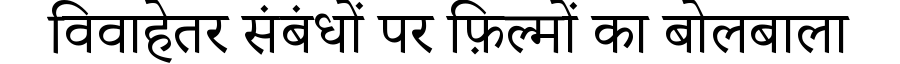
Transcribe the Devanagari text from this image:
विवाहेतर संबंधों पर फ़िल्मों का बोलबाला